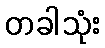
တခါသုံး